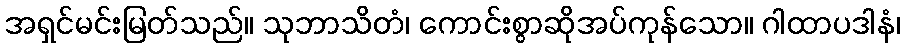
အရှင်မင်းမြတ်သည်။ သုဘာသိတံ၊ ကောင်းစွာဆိုအပ်ကုန်သော။ ဂါထာပဒါနံ၊